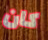
كان